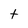
Character: t